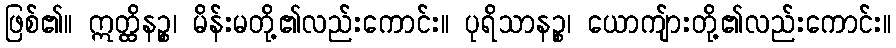
ဖြစ်၏။ ဣတ္ထိနဉ္စ၊ မိန်းမတို့၏လည်းကောင်း။ ပုရိသာနဉ္စ၊ ယောကျ်ားတို့၏လည်းကောင်း။